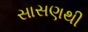
સાસણથી